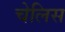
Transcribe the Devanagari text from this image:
चेलिस